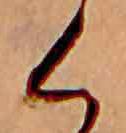
く